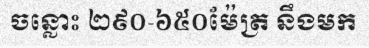
ចន្លោះ ២៩០-៦៥០ម៉ែត្រ នឹងមក